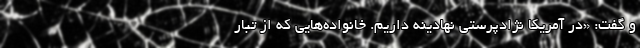
و گفت: «در آمریکا نژادپرستی نهادینه داریم. خانواده‌هایی که از تبار